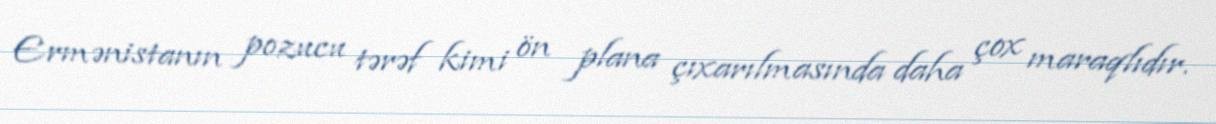
Ermənistanın pozucu tərəf kimi ön plana çıxarılmasında daha çox maraqlıdır.